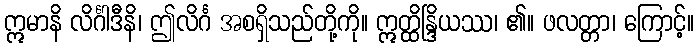
ဣမာနိ လိင်္ဂါဒီနိ၊ ဤလိင်္ဂ အစရှိသည်တို့ကို။ ဣတ္ထိန္ဒြိယဿ၊ ၏။ ဖလတ္တာ၊ ကြောင့်။